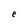
Character: e